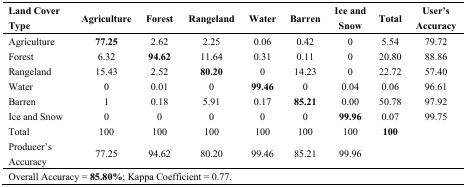
| Land Cover Type | Agriculture | Forest | Rangeland | Water | Barren | Ice and Snow | Total | User’s Accuracy |
 | --- | --- | --- | --- | --- | --- | --- | --- | --- |
 | Agriculture | 77.25 | 2.62 | 2.25 | 0.06 | 0.42 | 0 | 5.54 | 79.72 |
 | Forest | 6.32 | 94.62 | 11.64 | 0.31 | 0.11 | 0 | 20.80 | 88.86 |
 | Rangeland | 15.43 | 2.52 | 80.20 | 0 | 14.23 | 0 | 22.72 | 57.40 |
 | Water | 0 | 0.01 | 0 | 99.46 | 0 | 0.04 | 0.06 | 96.61 |
 | Barren | 1 | 0.18 | 5.91 | 0.17 | 85.21 | 0.00 | 50.78 | 97.92 |
 | Ice and Snow | 0 | 0 | 0 | 0 | 0 | 99.96 | 0.07 | 99.75 |
 | Total | 100 | 100 | 100 | 100 | 100 | 100 | 100 |  |
 | Producer’s Accuracy | 77.25 | 94.62 | 80.20 | 99.46 | 85.21 | 99.96 |  |  |
 | <COLSPAN=9> Overall Accuracy = 85.80%; Kappa Coefficient = 0.77. |